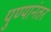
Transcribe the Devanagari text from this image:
पुण्यानंतर